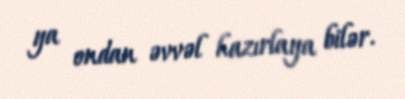
ya ondan əvvəl hazırlaya bilər.